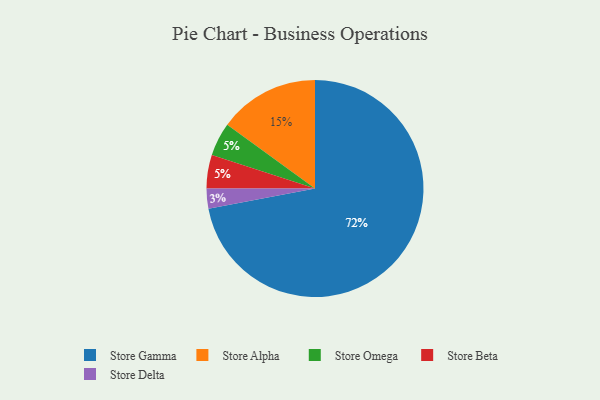
{"axis": {"x": "Category", "y": "Percentage"}, "legend": ["Store Alpha", "Store Beta", "Store Delta", "Store Gamma", "Store Omega"], "data": [{"x": "Store Alpha", "y": 15, "type": "Store Alpha"}, {"x": "Store Delta", "y": 3, "type": "Store Delta"}, {"x": "Store Omega", "y": 5, "type": "Store Omega"}, {"x": "Store Beta", "y": 5, "type": "Store Beta"}, {"x": "Store Gamma", "y": 72, "type": "Store Gamma"}]}